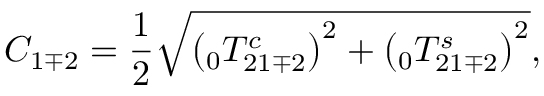
C _ { 1 \mp 2 } = \frac { 1 } { 2 } \sqrt { \left( \phantom { } _ { 0 } T _ { 2 1 \mp 2 } ^ { c } \right) ^ { 2 } + \left( \phantom { } _ { 0 } T _ { 2 1 \mp 2 } ^ { s } \right) ^ { 2 } } ,